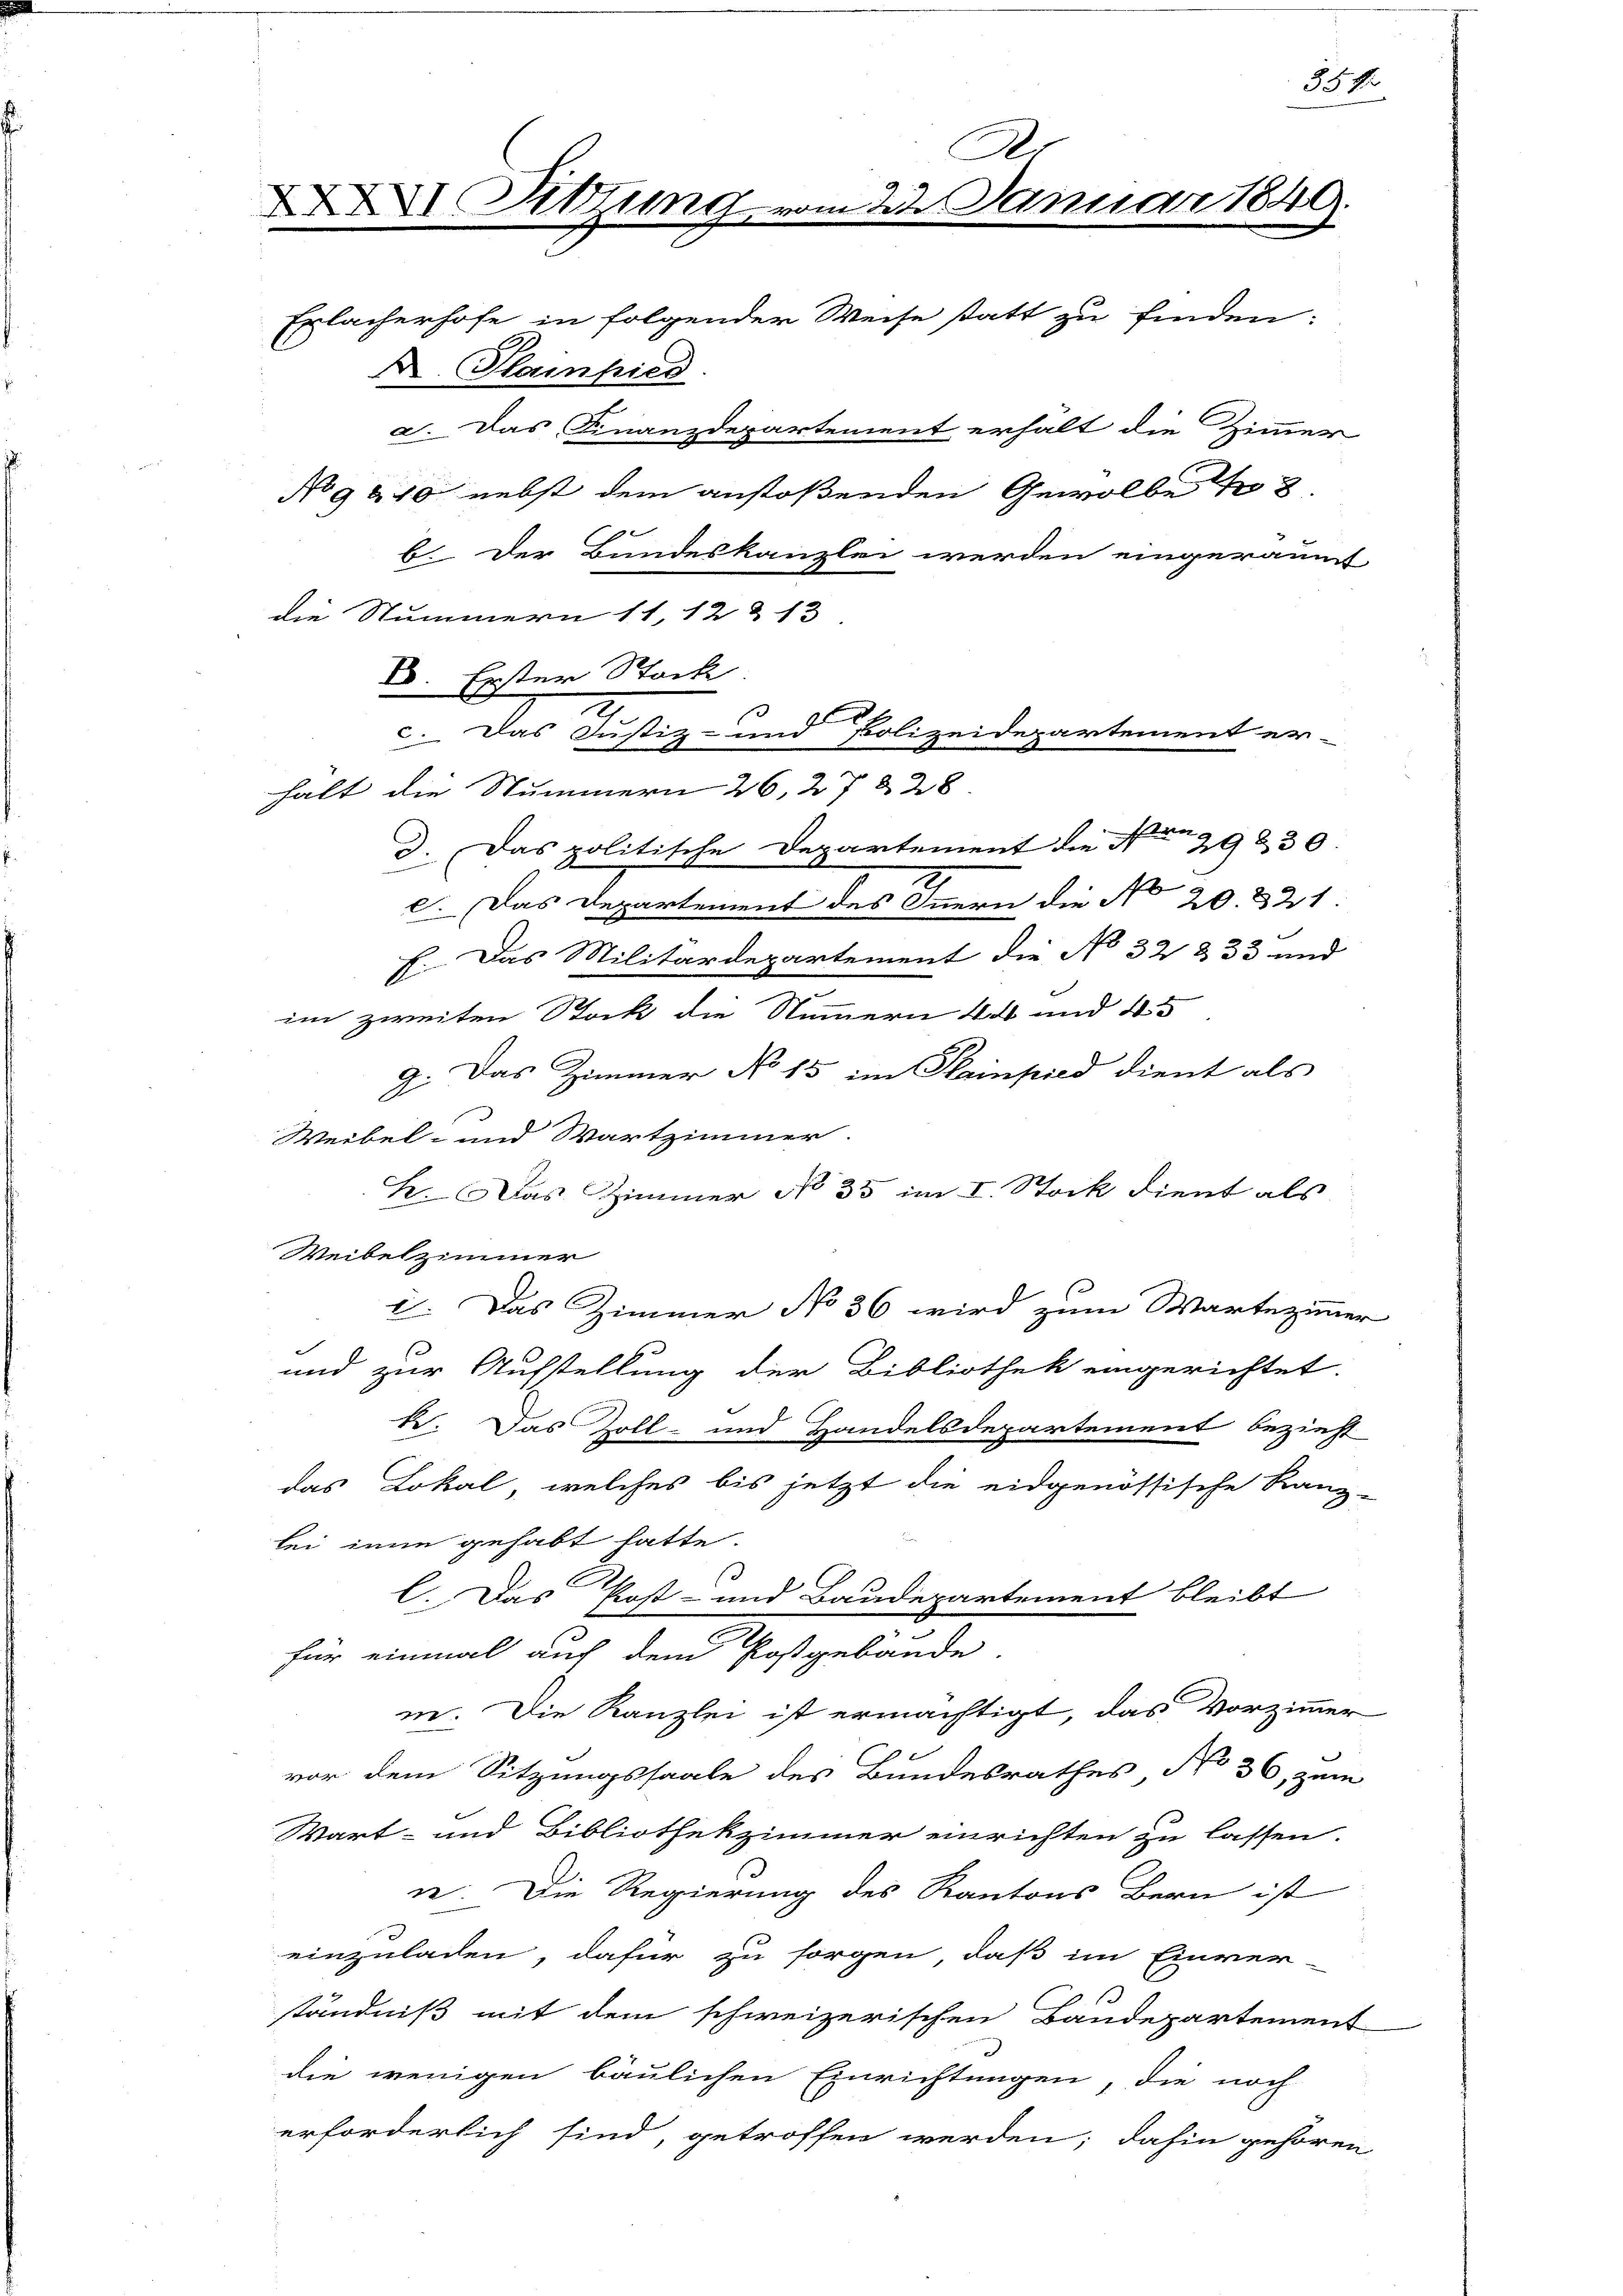
Ko
 Sitzung vom 22 Januar 1849.

Erlacherhofe in folgender Weise statt zu finden:
A. Hainpied.
h
b. Der Bundeskanzlei werden eingeräumt
die Nummern 11, 12 & 13
c. Das Justiz- und Polizeidepartement er-
halt die Nummern 26, 27 § 28
d. Das politische Departement die No 29230
e. Das Departement des Innern die No 20. 321.
«. Das Militärdepartement die No 32 § 33 und
.
im zweiten Stock die Nummern 4 und 4.
g. Das Zimmer No 15 im Stainpied dient als
Weibel- und Wartzimmer.
k. Das Zimmer No 35 im I. Stock dient als
Weibelzimmer
i. Das Zimmer No 36 wird zum Wartezimmer
s
und zur Aufstellung der Bibliothek eingerichtet.
k. Das Zoll- und Handelsdepartement bezieht
das Lokal, welches bis jetzt die eidgenössische Rang-
bei inne gehabt hatte.
C. Das Post- und Baudepartement bleibt
für einmal auf dem Postgebäude
in. Die Kanzlei ist ermächtigt, das Vorzimmer
vor dem Sitzungssaale des Bundesrathes, No 36, zum
Wart- und Bibliothekzimmer einrichten zu lassen.
n. Die Regierung des Kantons Bern ist
einzuladen, dafür zu sorgen, daß im Einver
ständniß mit dem schweizerischen Baudepartement
die wenigen bäulichen Einrichtungen, die noch
erforderlich sind, getroffen werden; dahin gehören

D. Erster Stock.

2. Das Finanzdepartement erhält die Zimmer
No 9810 nebst dem anstoßenden Gewölbe No 2

334